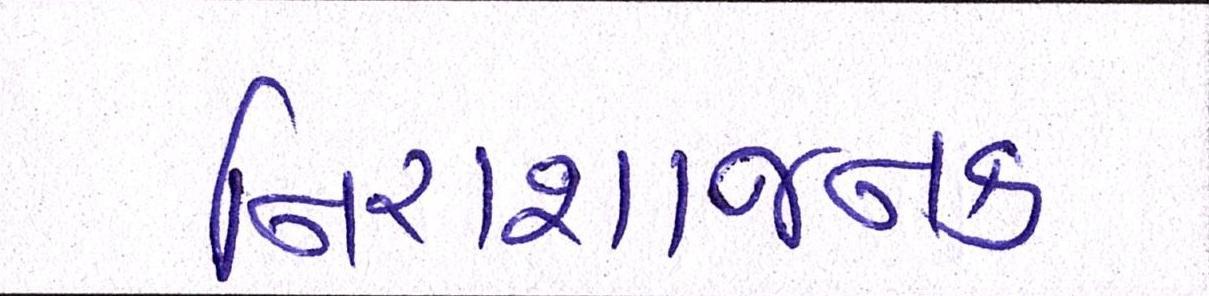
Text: નિરાશાજનક